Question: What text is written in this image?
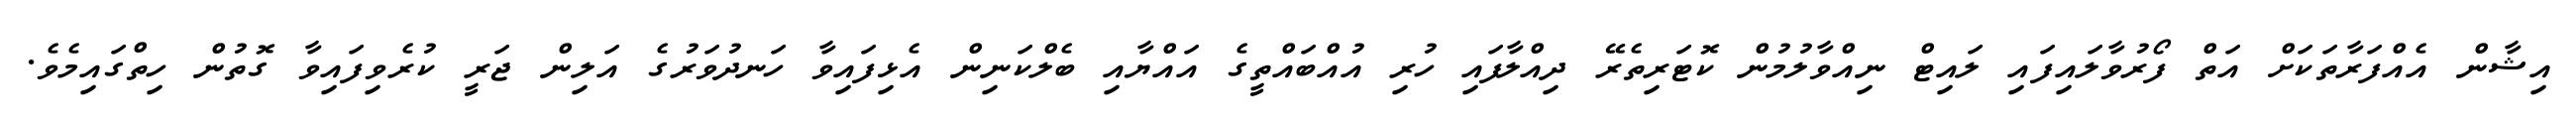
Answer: އިޝާން އެއްފަރާތަކަށް އަތް ފޯރުވާލައިފައި ލައިޓް ނިއްވާލުމުން ކޮޓަރިތެރޭ ދިއްލާފައި ހުރި އުއްބައްތީގެ އައްޔާއި ބެލްކަނިން އެޅިފައިވާ ހަނދުވަރުގެ އަލިން ޖަރީ ކުރެވިފައިވާ ގޮތުން ހިތްގައިމެވެ.